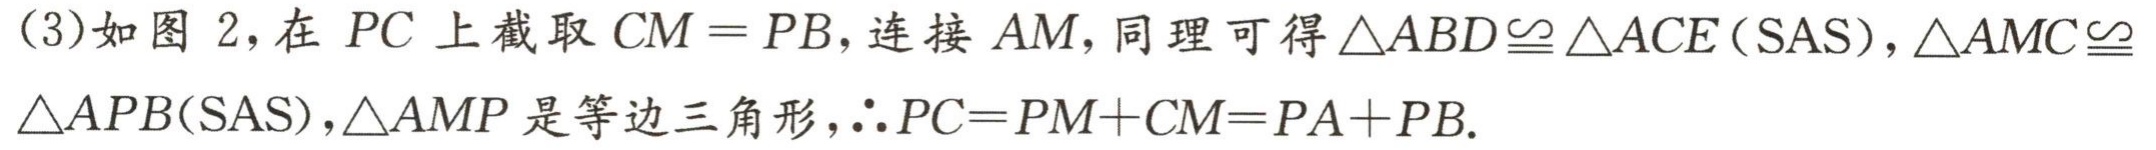
(3)如图 2，在 \(PC\) 上截取 \(CM = PB\)，连接 \(AM\)，同理可得 \(\triangle ABD\cong\triangle ACE(\text{SAS})\)，\(\triangle AMC\cong\) \(\triangle APB(\text{SAS})\)，\(\triangle AMP\) 是等边三角形，\(\therefore PC=PM + CM=PA + PB\).